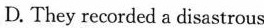
D. They recorded a disastrous